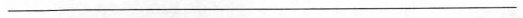
___